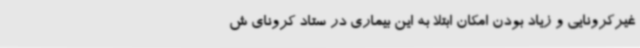
غیرکرونایی و زیاد بودن امکان ابتلا به این بیماری در ستاد کرونای ش